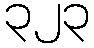
၃၂၃